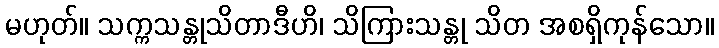
မဟုတ်။ သက္ကသန္တုသိတာဒီဟိ၊ သိကြားသန္တု သိတ အစရှိကုန်သော။